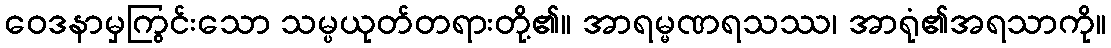
ဝေဒနာမှကြွင်းသော သမ္ပယုတ်တရားတို့၏။ အာရမ္မဏရသဿ၊ အာရုံ၏အရသာကို။